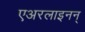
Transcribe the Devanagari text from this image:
एअरलाइनन्